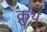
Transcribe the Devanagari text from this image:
क्नुथ